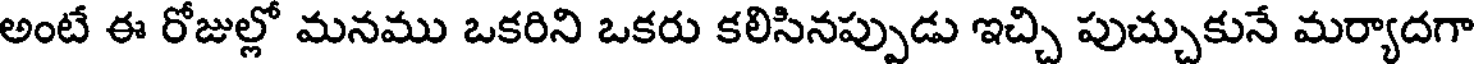
అంటే ఈ రోజుల్లో మనము ఒకరిని ఒకరు కలిసినప్పుడు ఇచ్చి పుచ్చుకునే మర్యాదగా